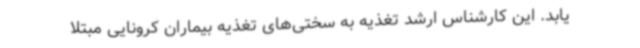
یابد. این کارشناس ارشد تغذیه به سختی‌های تغذیه بیماران کرونایی مبتلا